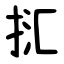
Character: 㧟